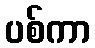
ပစ်ကာ